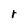
Character: r